Annual report on the mental hospital in the Central Provinces and Berar (Nagpur) - 1927-1951
Year: 1927
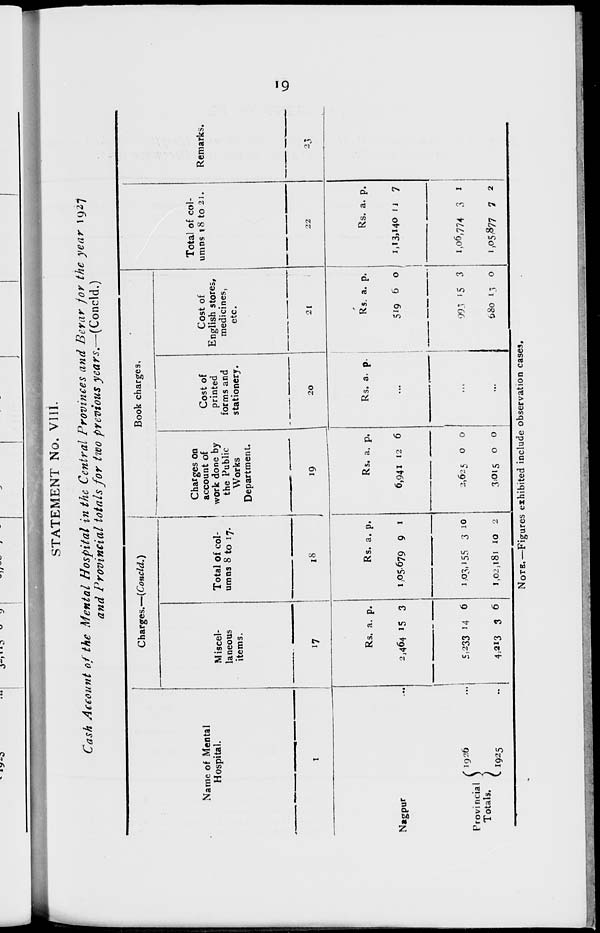
19
STATEMENT No. VIII.
Cash Account of the Mental Hospital in the Central Provinces and Berar for the year 1927
and Provincial totals for two previous years.—(Concld.)
Name of Mental
Hospital.
1
Nagpur ...
Provincial
Totals.
1926 ...
1925 ...
Charges.—(Concld.)
Miscel-
laneous
items.
17
Rs
2,464
5,233
4,213
a.
15
14
3
p.
3
6
6
Total of col-
umns 8 to 17.
18
Rs.
1,05,679
1,03,155
1,02,181
a.
9
3
10
p.
1
10
2
Book charges.
Charges on
account of
work done by
the Public
Works
Department.
19
Rs.
6,941
2,625
3,015
a.
12
0
0
p.
6
0
0
Cost of
printed
forms and
stationery.
20
Rs. a. p.
...
...
...
Cost of
English stores,
medicines,
etc.
21
Rs.
519
993
680
a.
6
15
13
p.
0
3
0
Total of col-
umns 18 to 21.
22
Rs
1,13,140
1,06,774
1,05,877
a.
11
3
7
p.
7
1
2
Remarks.
23
NOTE.—Figures exhibited include observation cases.